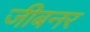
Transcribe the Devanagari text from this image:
जीबनर